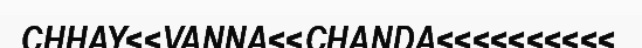
CHHAY<<VANNA<<CHANDA<<<<<<<<<<